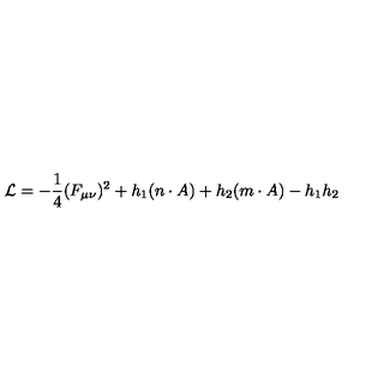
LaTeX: { \cal L } = - \frac { 1 } { 4 } ( F _ { \mu \nu } ) ^ { 2 } + h _ { 1 } ( n \cdot A ) + h _ { 2 } ( m \cdot A ) - h _ { 1 } h _ { 2 }